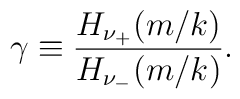
\gamma \equiv {H_{\nu_{+}}(m/k)\over H_{\nu_{-}}(m/k)}.